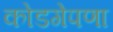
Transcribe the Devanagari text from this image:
कोडगेपणा